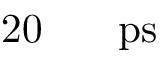
2 0 \ensuremath { \mathrm { ~ \textrm ~ { ~ \, ~ } ~ } } \ensuremath { \mathrm { p s } }